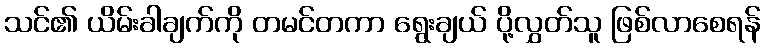
သင်၏ ယိမ်းခါချက်ကို တမင်တကာ ရွေးချယ် ပို့လွှတ်သူ ဖြစ်လာစေရန်